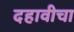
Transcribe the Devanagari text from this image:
दहावीचा